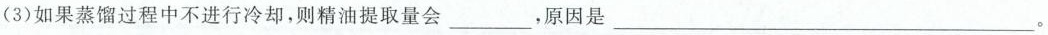
(3)如果蒸馏过程中不进行冷却，则精油提取量会___，原因是___。